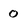
Character: 0